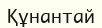
Құнантай